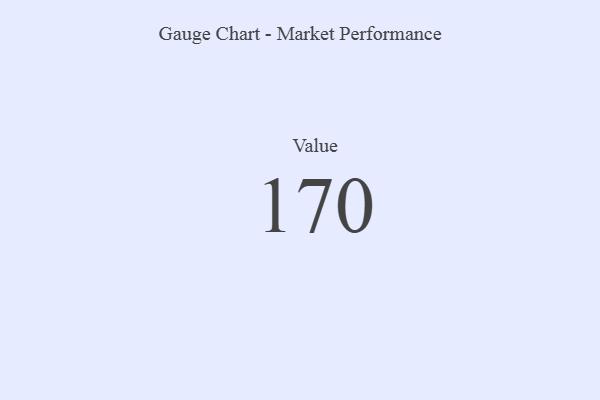
{"axis": {"x": "Metric", "y": "Value"}, "legend": [""], "data": [{"x": "Value", "y": 170, "type": ""}]}